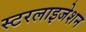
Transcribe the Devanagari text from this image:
स्टरलाइजेशन